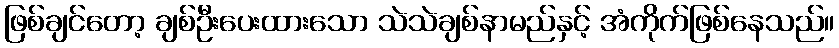
ဖြစ်ချင်တော့ ချစ်ဦးပေးထားသော သဲသဲချစ်နာမည်နှင့် အံကိုက်ဖြစ်နေသည်။